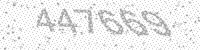
Solution: 447669